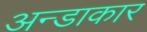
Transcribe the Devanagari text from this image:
अन्डाकार